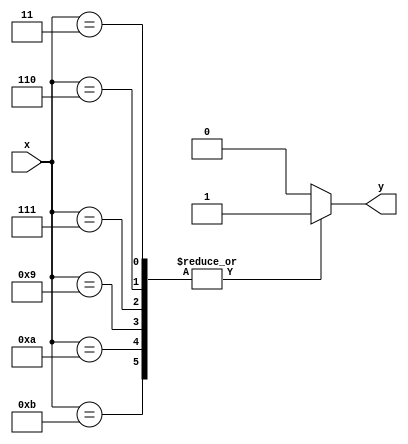
`timescale 1ns / 1ps
// EEM16 - Logic Design
// Design Assignment #1 - Problem #3
// dassign1_3.v
module dassign1_3(y,x);
   output y;
   input [3:0] x;
  
  wire [3:0] x;
  //reg a,b,c,d;
  reg y;

   
   always @(x)
   begin
     
     case (x)
       4'b0011, 4'b0110, 4'b0111, 4'b1001, 4'b1010, 4'b1011:
         y = 1;
       default:
         y = 0;
     endcase
     //a = (4'b1000 & x) >> 3; //x[3]
     //b = (4'b0100 & x) >> 2; //x[2]
     //c = (4'b0010 & x) >> 1; //x[1]
     //d = (4'b0001 & x); //x[0]
     
    //y = (~a & c & d) | (~a & b & c) | (a & ~b & d) | (a & ~b & c);
   end
  
endmodule